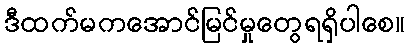
ဒီထက်မကအောင်မြင်မှုတွေရရှိပါစေ။